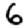
Digit: 6